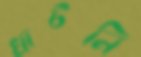
খাটনি